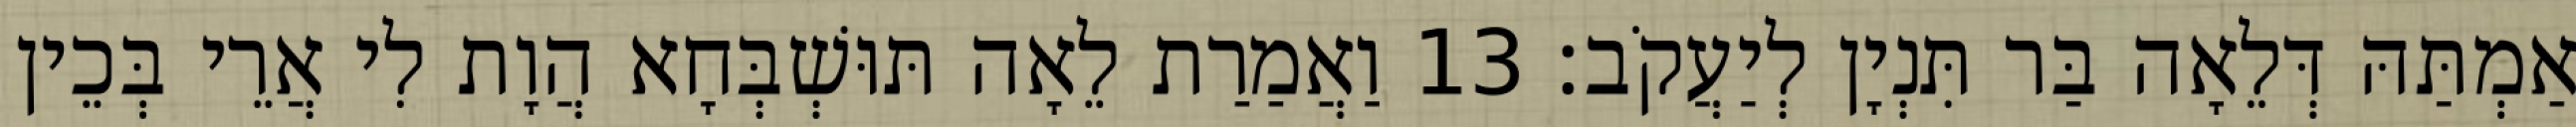
אַמְתַּהּ דְּלֵאָה בַּר תִּנְיָן לְיַעֲקֹב׃ 13 וַאֲמַרַת לֵאָה תּוּשְׁבְּחָא הֲוָת לִי אֲרֵי בְּכֵין